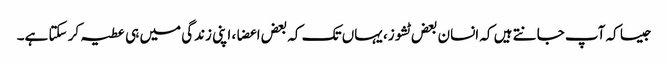
جیسا کہ آپ جانتے ہیں کہ انسان بعض ٹشوز، یہاں تک کہ بعض اعضا، اپنی زندگی میں ہی عطیہ کر سکتا ہے۔